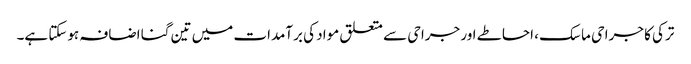
ترکی کا جراحی ماسک ، احاطے اور جراحی سے متعلق مواد کی برآمدات میں تین گنا اضافہ ہوسکتا ہے۔